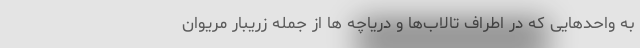
به واحدهایی که در اطراف تالاب‌ها و دریاچه ها از جمله زریبار مریوان